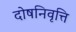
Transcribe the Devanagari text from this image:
दोषनिवृत्ति